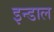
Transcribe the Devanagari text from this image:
इन्डाल